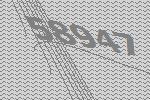
58947